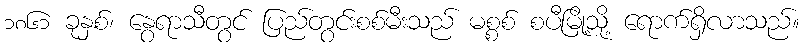
၁၈၆၁ ခုနှစ်၊ နွေရာသီတွင် ပြည်တွင်းစစ်မီးသည် မစ္စစ် စပီမြို့သို့ ရောက်ရှိလာသည်။